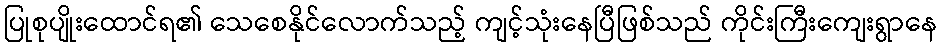
ပြုစုပျိုးထောင်ရ၏ သေစေနိုင်လောက်သည့် ကျင့်သုံးနေပြီဖြစ်သည် ကိုင်းကြီးကျေးရွာနေ